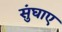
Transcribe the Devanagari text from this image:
सुंघाए